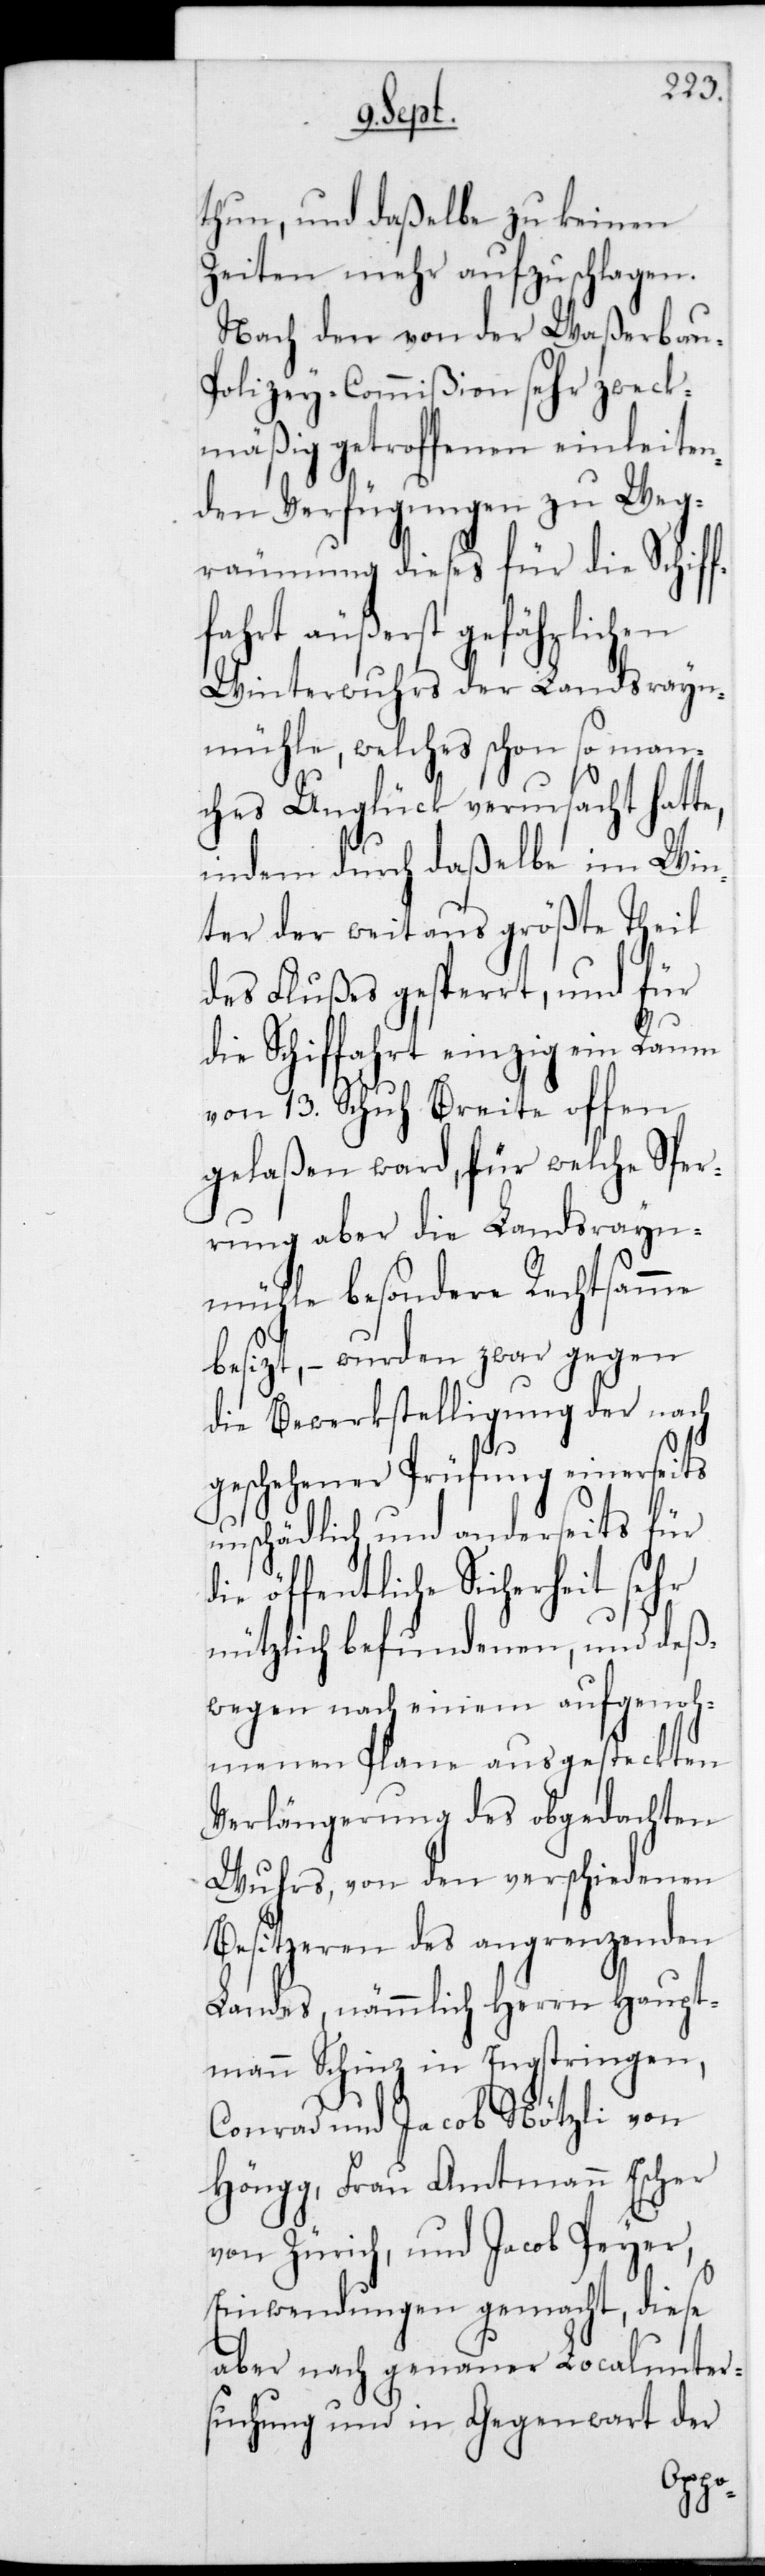
thun, und daßelbe zu keinen
Zeiten mehr aufzuschlagen.
Nach den von der Waßerbau-P¬
olizey-Commißion sehr zweck¬
mäßig getroffenen einleiten¬
den Verfügungen zu Weg¬
räumung dieses für die Sch¬
hrt äußerst gefährlichen
Winterwuhrs der Landsrayn¬
mühle, welches schon so man¬
ches Unglück verursacht hatte,
indem durch daßelbe im Win¬
ter der weitaus größte Theil
des Flußes gesperrt und für
die Schiffahrt einzig ein Raum
von 13 Schuh Breite offen
gelaßen ward, für welche Sper¬
rung aber die Landsrayn¬
mühle besondere Rechtsamme
besizt, – wurden zwar gegen
die Bewerkstelligung der nach
geschehener Prüfung einerseits
unschädlich, und anderseits für
ie öffentliche Sicherheit sehr
nützlich befundenen, und deß¬
wegen nach einem aufgenoh¬
menen Plane ausgesteckten
Verlängerung des obgedachten
Wuhrs, von den verschiedenen
Besitzeren des angrenzenden
Landes, nämmlich Herrn Haupt¬
mann Schinz in Engstringen,
Conrad und Jacob Nötzli von
Höngg, Frau Amtmann Escher
von Zürich, und Jacob Peyer,
Einwendungen gemacht, diese
aber nach genauer Localunter¬
suchung und in Gegenwart der
d¬